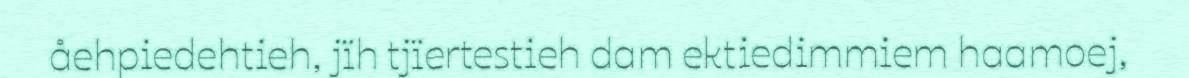
åehpiedehtieh, jïh tjïertestieh dam ektiedimmiem haamoej,